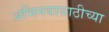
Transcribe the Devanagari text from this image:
अभिनयासाठीच्या